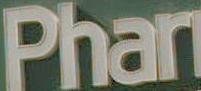
Phan